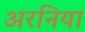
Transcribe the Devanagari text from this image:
अरनिया